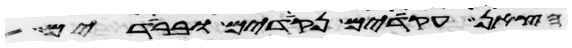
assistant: הצאן עקודים נקודים וברודים